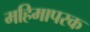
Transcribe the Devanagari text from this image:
महिमापरक